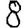
Digit: 8